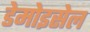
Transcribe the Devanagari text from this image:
डेमोइसेल